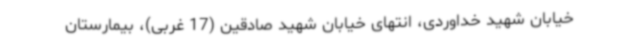
خیابان شهید خداوردی، انتهای خیابان شهید صادقین (17 غربی)، بیمارستان